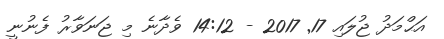
އަޙްމަދު ޖުލައި 17